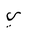
Letter: _ya